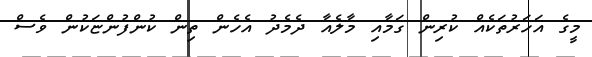
މީގެ އަހަރުތަކެއް ކުރިން ގަމާއި މާލެއާ ދެމެދު އެހެން ތިން ކުންފުންޏަކުން ވެސް